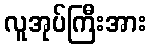
လူအုပ်ကြီးအား